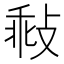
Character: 㪓